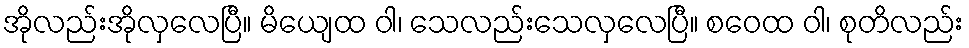
အိုလည်းအိုလှလေပြီ။ မိယျေထ ဝါ၊ သေလည်းသေလှလေပြီ။ စဝေထ ဝါ၊ စုတိလည်း